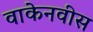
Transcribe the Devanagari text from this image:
वाकेनवीस